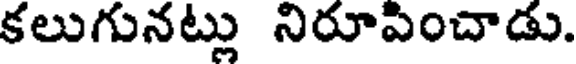
కలుగునట్లు నిరూపించాడు.